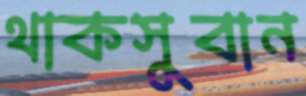
থাকসুবান